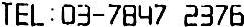
TEL : 03-7847 2376